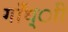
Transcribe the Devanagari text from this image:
गाँध्ाी